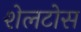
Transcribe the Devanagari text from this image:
शेलटोस